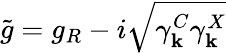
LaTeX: \tilde{g}=g_{R}-i\sqrt{\gamma_{\mathbf k}^{C}\gamma_{\mathbf k}^{X}}